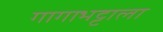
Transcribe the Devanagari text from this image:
गागाभट्टाला